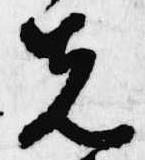
先